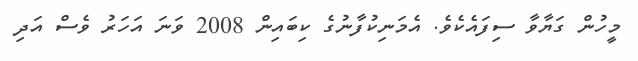
މީހުން ގަޔާވާ ސިފައެކެވެ. އެމަނިކުފާނުގެ ކިބައިން 2008 ވަނަ އަހަރު ވެސް އަދި